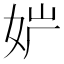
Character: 𡛢